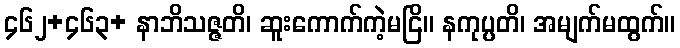
၄၆၂+၄၆၃+ နာဘိသဇ္ဇတိ၊ ဆူးကောက်ကဲ့မငြိ။ နကုပ္ပတိ၊ အမျက်မထွက်။